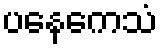
ပနေကေသံ